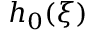
h _ { 0 } ( \xi )